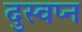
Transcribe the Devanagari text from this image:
दुस्वप्न